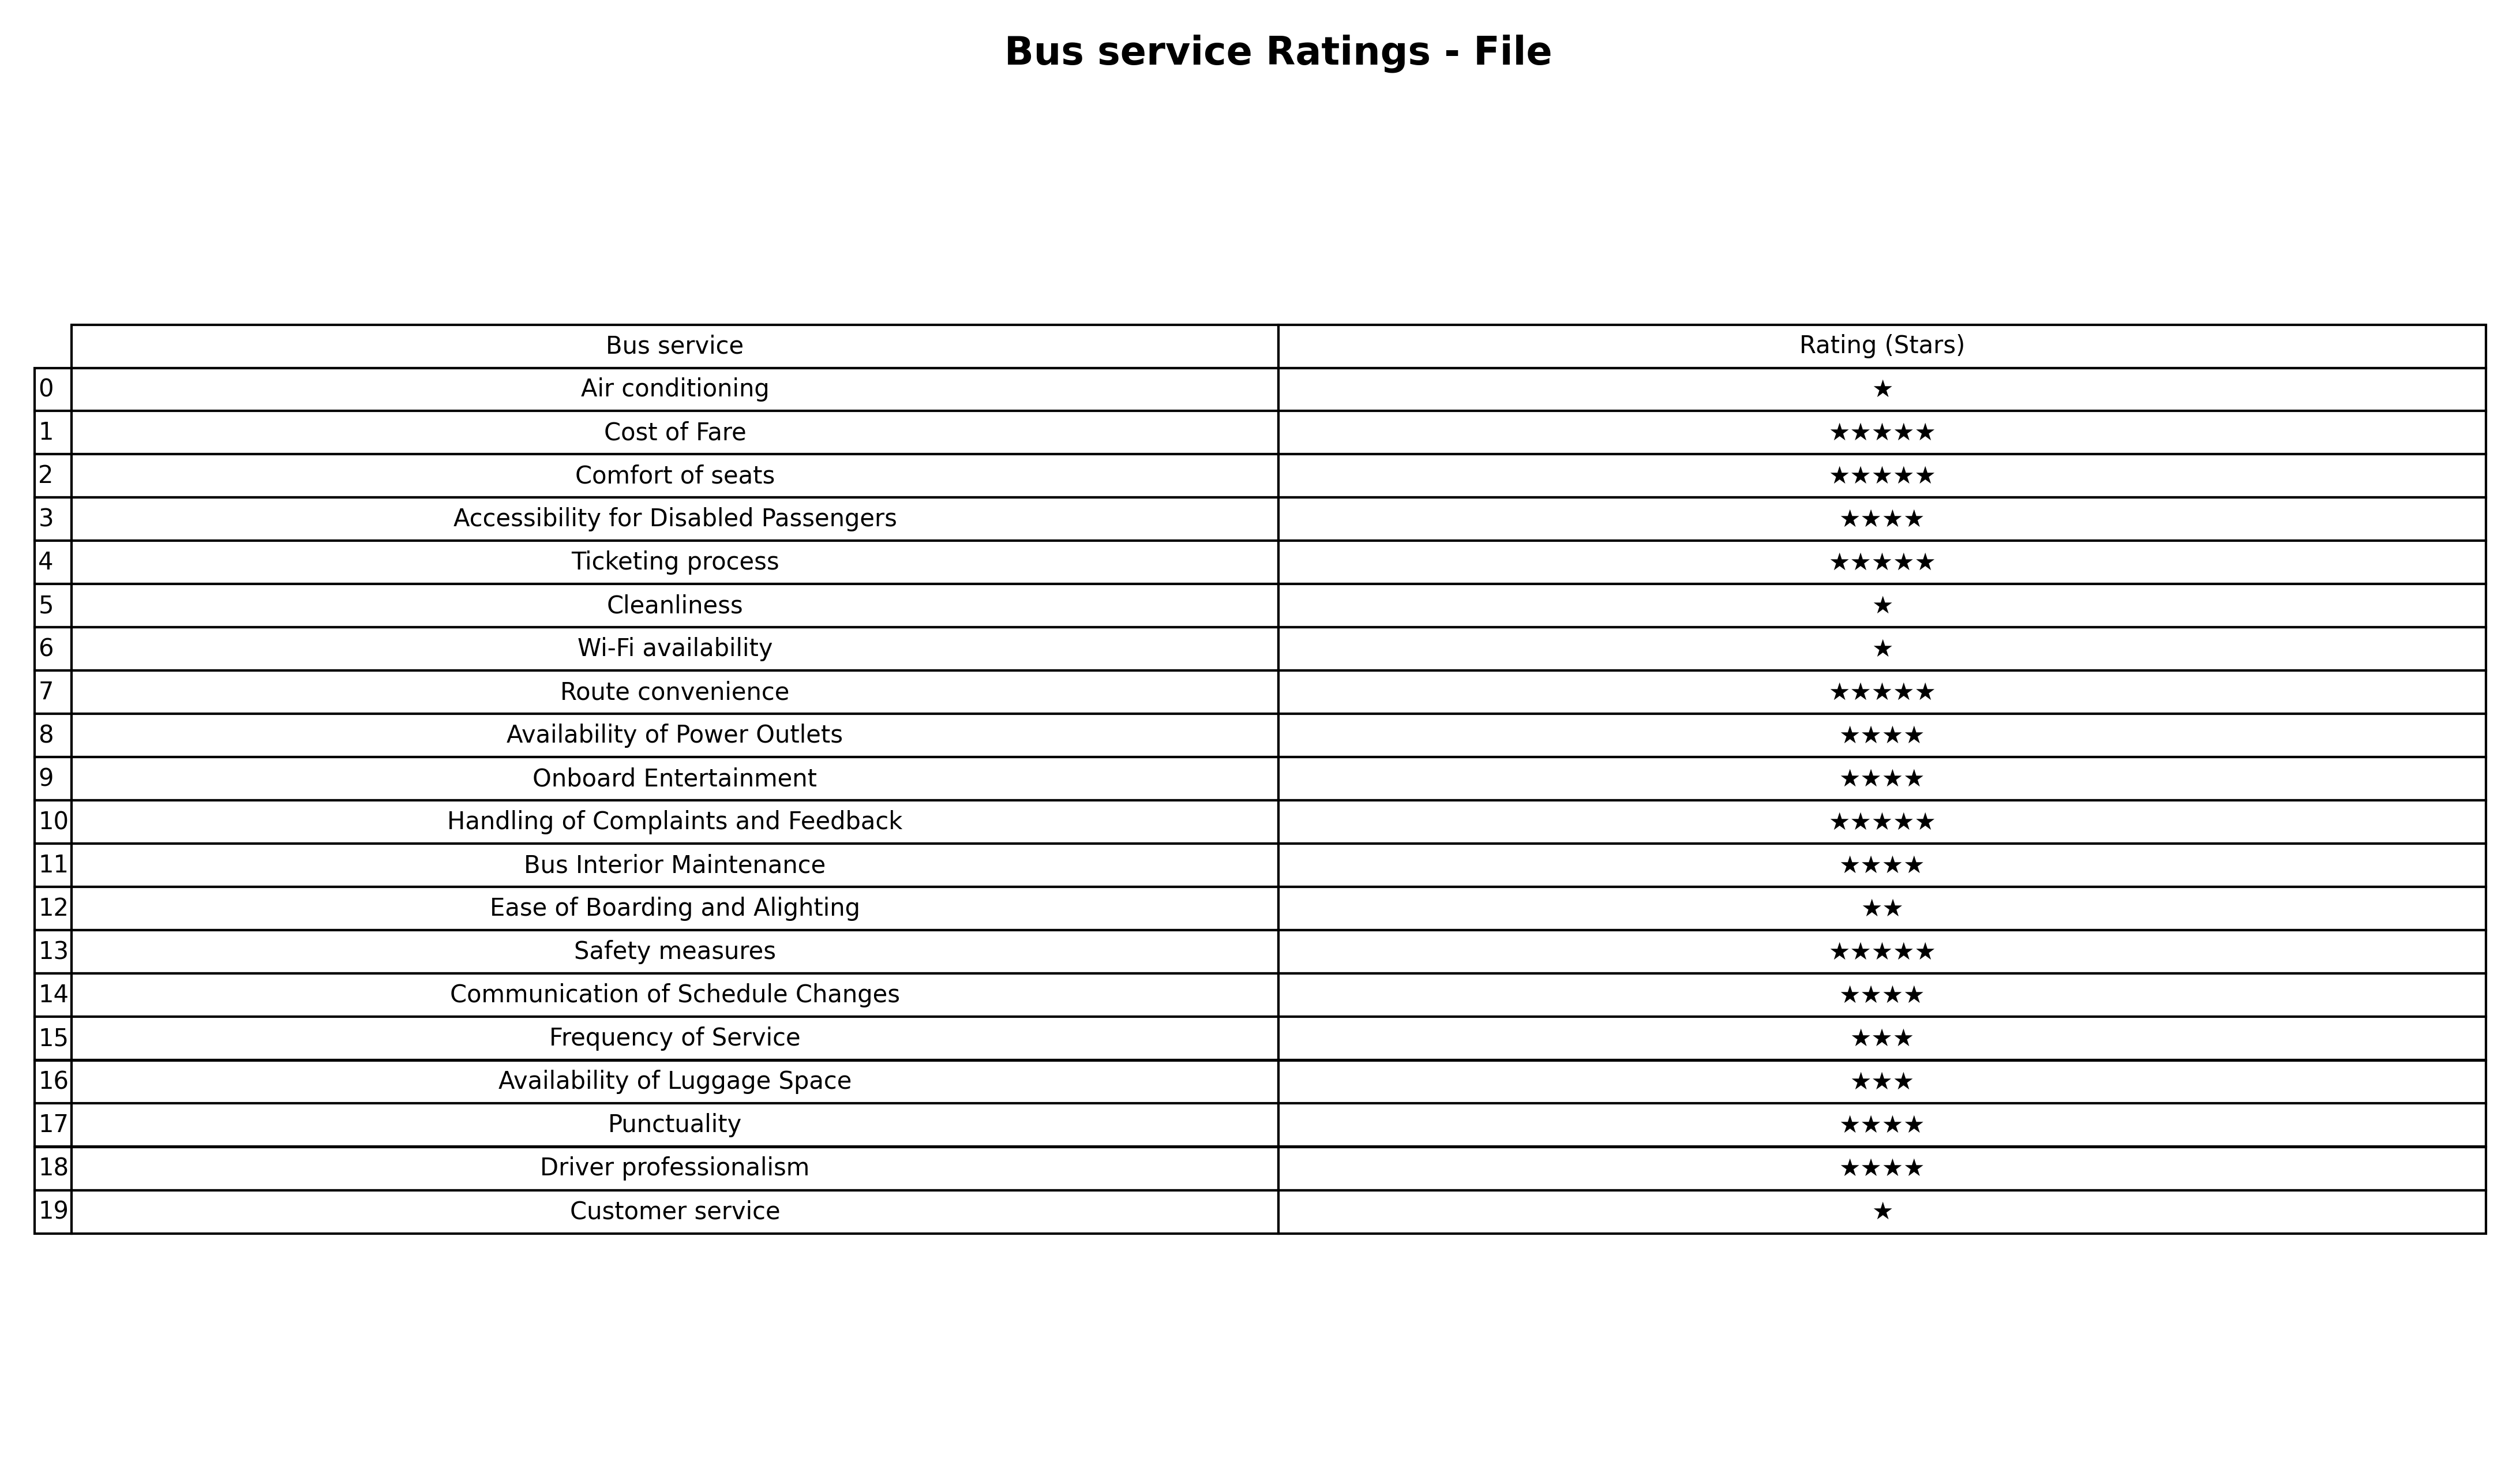
question: What are two star services?
answer: Ease of Boarding and Alighting